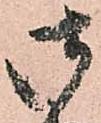
御